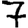
Digit: 7